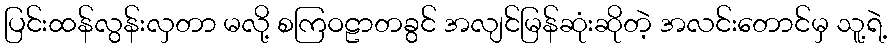
ပြင်းထန်လွန်းလှတာ မလို့ စကြဝဠာတခွင် အလျင်မြန်ဆုံးဆိုတဲ့ အလင်းတောင်မှ သူ့ရဲ့